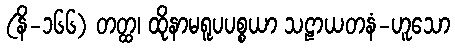
(နိ-၁၆၆) တတ္ထ၊ ထိုနာမရူပပစ္စယာ သဠာယတနံ-ဟူသော